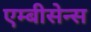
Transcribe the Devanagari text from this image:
एम्बीसेन्स